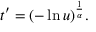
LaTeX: t ^ { \prime } = ( - \ln u ) ^ { \frac { 1 } { \alpha } } .